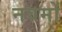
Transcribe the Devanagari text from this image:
नवमों